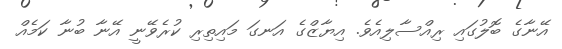
އޭނާގެ ބޮލުގައި ރިއްސާލިއެވެ. އިޔާޒްގެ އަނގަ މައިތިރި ކުރެވޭނީ އޭނާ ބުނާ ކަމެއް